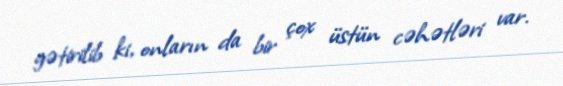
gətirilib ki, onların da bir çox üstün cəhətləri var.